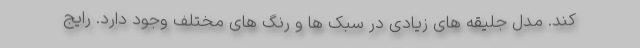
کند. مدل جلیقه های زیادی در سبک ها و رنگ های مختلف وجود دارد. رایج